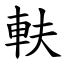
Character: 䡍